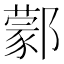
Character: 𨞫